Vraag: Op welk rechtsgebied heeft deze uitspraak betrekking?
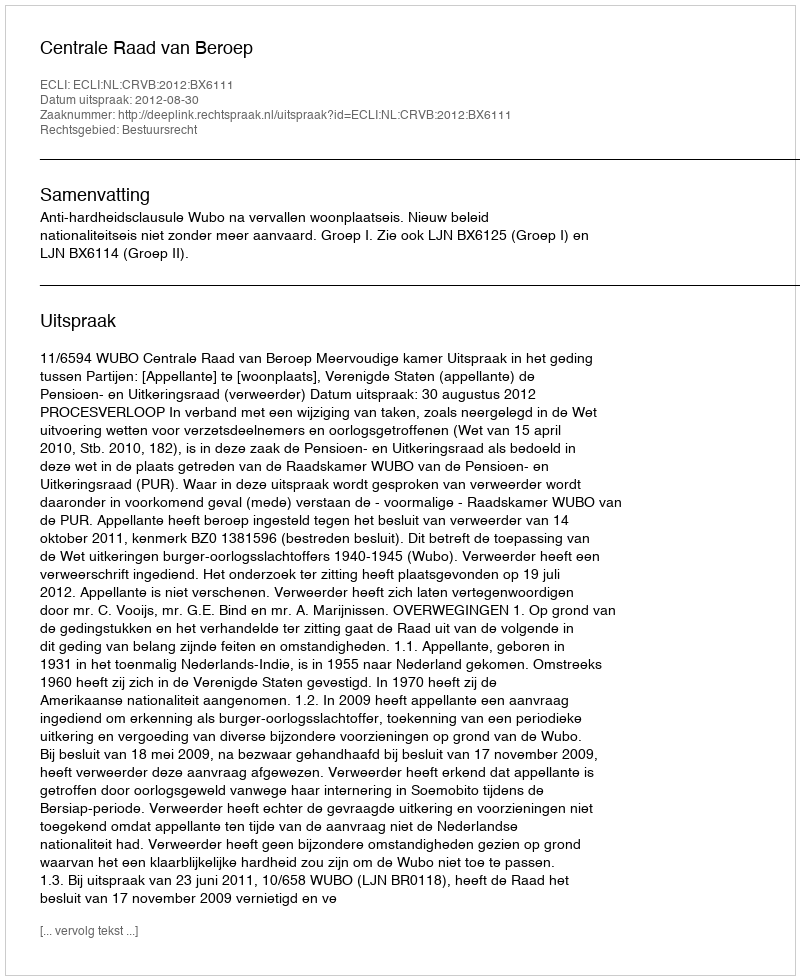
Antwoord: Bestuursrecht